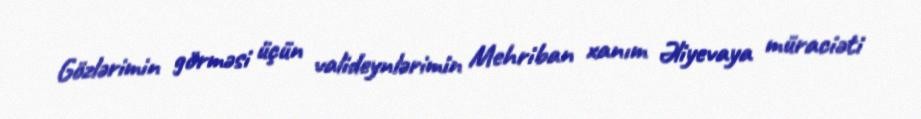
Gözlərimin görməsi üçün valideynlərimin Mehriban xanım Əliyevaya müraciəti